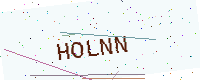
Text: HOLNN